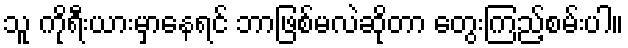
သူ ကိုရီးယားမှာနေရင် ဘာဖြစ်မလဲဆိုတာ တွေးကြည့်စမ်းပါ။